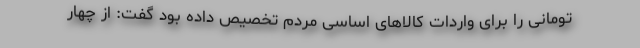
تومانی را برای واردات کالاهای اساسی مردم تخصیص داده بود گفت: از چهار